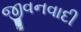
જીવનવાદી